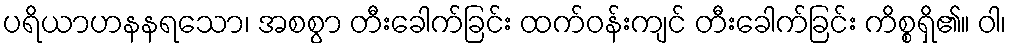
ပရိယာဟနနရသော၊ အစစွာ တီးခေါက်ခြင်း ထက်ဝန်းကျင် တီးခေါက်ခြင်း ကိစ္စရှိ၏။ ဝါ၊